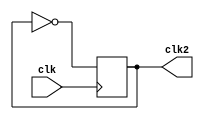

// procedure is to change the output state at every positive edge of input
module freq_div_2(clk,clk2);

input clk;
output clk2;


wire clk,clk2;

reg mod;

initial mod=0;

always @(posedge clk) begin
	mod = ~mod;
end

assign clk2 = mod;

endmodule